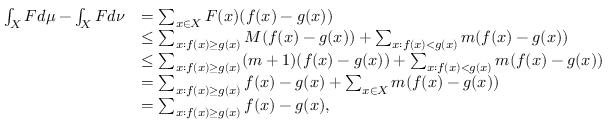
\begin{array} { r l } { \int _ { X } F d \mu - \int _ { X } F d \nu } & { = \sum _ { x \in X } F ( x ) ( f ( x ) - g ( x ) ) } \\ & { \leq \sum _ { x : f ( x ) \geq g ( x ) } M ( f ( x ) - g ( x ) ) + \sum _ { x : f ( x ) < g ( x ) } m ( f ( x ) - g ( x ) ) } \\ & { \leq \sum _ { x : f ( x ) \geq g ( x ) } ( m + 1 ) ( f ( x ) - g ( x ) ) + \sum _ { x : f ( x ) < g ( x ) } m ( f ( x ) - g ( x ) ) } \\ & { = \sum _ { x : f ( x ) \geq g ( x ) } f ( x ) - g ( x ) + \sum _ { x \in X } m ( f ( x ) - g ( x ) ) } \\ & { = \sum _ { x : f ( x ) \geq g ( x ) } f ( x ) - g ( x ) , } \end{array}